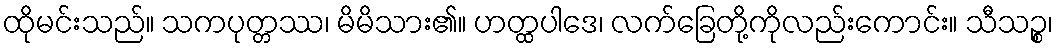
ထိုမင်းသည်။ သကပုတ္တဿ၊ မိမိသား၏။ ဟတ္ထပါဒေ၊ လက်ခြေတို့ကိုလည်းကောင်း။ သီသဉ္စ၊